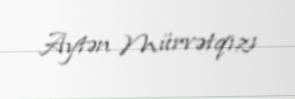
Aytən Mürvətqızı